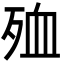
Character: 殈